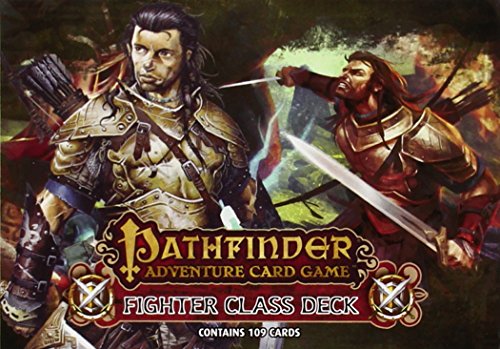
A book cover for Pathfinder Adventure Card Game: Fighter Class Deck; Science Fiction & Fantasy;